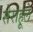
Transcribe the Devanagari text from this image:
सेराहूले